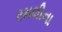
રમલીના